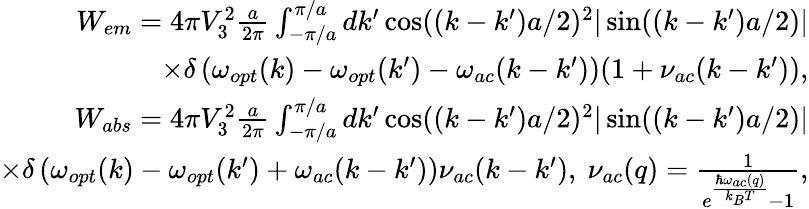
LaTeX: \begin{array}{r}{W_{em}=4\pi V_{3}^{2}\frac{a}{2\pi}\int_{-\pi/a}^{\pi/a}dk^{\prime}\cos((k-k^{\prime})a/2)^{2}|\sin((k-k^{\prime})a/2)|}\\ {\times\delta\left(\omega_{opt}(k)-\omega_{opt}(k^{\prime})-\omega_{ac}(k-k^{\prime})\right)(1+\nu_{ac}(k-k^{\prime})),}\\ {W_{abs}=4\pi V_{3}^{2}\frac{a}{2\pi}\int_{-\pi/a}^{\pi/a}dk^{\prime}\cos((k-k^{\prime})a/2)^{2}|\sin((k-k^{\prime})a/2)|}\\ {\times\delta\left(\omega_{opt}(k)-\omega_{opt}(k^{\prime})+\omega_{ac}(k-k^{\prime})\right)\nu_{ac}(k-k^{\prime}),~\nu_{ac}(q)=\frac{1}{e^{\frac{\hbar\omega_{ac}(q)}{k_{B}T}}-1},}\end{array}